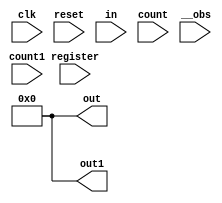
// Following code segment is generated from ./src/grammerTest.v:1
module grammerTest(clk, reset, in, count1, count, register, out, out1, __obs);
    input clk;
    input reset;
    input [31:0] in;
    input [3:0] count1;
    input [3:0] count;
    input register;
    output [31:0] out;
    output [31:0] out1;
    input __obs;

    reg [1:0] addr = 2'b0;
    reg [7:0] cnt = 8'b0;
    reg [31:0] myArray [0:3];
    reg [31:0] out = 32'b0;
    reg [31:0] out1 = 32'b0;
    reg [31:0] temp = 32'b0;
    reg [31:0] temp1 = 32'b0;

    // Following code segment is generated from ./src/grammerTest.v:19
    always @(posedge clk) begin
        if ((reset == 1'b1)) begin
            temp1 <= #1 32'h00000000; $display(";A 2");		//(assert (= temp1    0h00000000)) ;2
        end
        else begin
        end
        // Displaying module variables
        begin
            $display(";R addr = %b", addr);
            $display(";R cnt = %b", cnt);
            $display(";R myArray[0] = %b", myArray[0]);
            $display(";R myArray[1] = %b", myArray[1]);
            $display(";R myArray[2] = %b", myArray[2]);
            $display(";R myArray[3] = %b", myArray[3]);
            $display(";R out = %b", out);
            $display(";R out1 = %b", out1);
            $display(";R temp = %b", temp);
            $display(";R temp1 = %b", temp1);
        end
    end

    // Following code segment is generated from ./src/grammerTest.v:25
    always @(posedge clk) begin
        if ((reset == 1'b1)) begin
            addr <= #1 2'b00; $display(";A 5");		//(assert (= addr    0b00)) ;5
            temp <= #1 32'h00000000; $display(";A 6");		//(assert (= temp    0h00000000)) ;6
            cnt <= #1 8'h00; $display(";A 7");		//(assert (= cnt    0h00)) ;7
        end
        else begin
            addr <= #1 (addr + 2'b01); $display(";A 8");		//(assert (= addr    (bv-add addr  0b01))) ;8
            temp <= #1 in; $display(";A 9");		//(assert (= temp    in )) ;9
            cnt <= #1 (cnt + 8'h01); $display(";A 10");		//(assert (= cnt    (bv-add cnt  0h01))) ;10
        end
        // Displaying module variables
        begin
            $display(";R addr = %b", addr);
            $display(";R cnt = %b", cnt);
            $display(";R myArray[0] = %b", myArray[0]);
            $display(";R myArray[1] = %b", myArray[1]);
            $display(";R myArray[2] = %b", myArray[2]);
            $display(";R myArray[3] = %b", myArray[3]);
            $display(";R out = %b", out);
            $display(";R out1 = %b", out1);
            $display(";R temp = %b", temp);
            $display(";R temp1 = %b", temp1);
        end
    end

    // Following code segment is generated from ./src/grammerTest.v:38
    always @(posedge clk) begin
        if ((!cnt)) begin
            $display(";A 11");		//(assert (= (bv-not (bv-redor cnt ))   0b1)) ;11
            case (addr)
                2'b00 :
                    begin
                        $display(";A 13");		//(assert (= addr    0b00)) ;13
                        myArray[2'b00] <= #1 (temp % 32'h00000005); $display(";A 14");		//(assert (= myArray 0    (bv-rem temp  0h00000005))) ;14
                        addr <= #1 (addr + 2'b01); $display(";A 15");		//(assert (= addr    (bv-add addr  0b01))) ;15
                    end
                2'b01 :
                    begin
                        $display(";A 16");		//(assert (= addr    0b01)) ;16
                        myArray[2'b01] <= #1 (temp ** 32'h00000005); $display(";A 17");		//(assert (= myArray 1    (bv-pow temp  0h00000005))) ;17
                    end
                2'b10 :
                    begin
                        $display(";A 18");		//(assert (= addr    0b10)) ;18
                        myArray[2'b10] <= #1 (temp ** 32'h00000002); $display(";A 19");		//(assert (= myArray 2    (bv-pow temp  0h00000002))) ;19
                    end
                2'b11 :
                    begin
                        $display(";A 20");		//(assert (= addr    0b11)) ;20
                        myArray[2'b11] <= #1 (temp % 32'h00000005); $display(";A 21");		//(assert (= myArray 3    (bv-rem temp  0h00000005))) ;21
                    end
            endcase
        end
        else begin
            $display(";A 12");		//(assert (= (bv-not (bv-redor cnt ))   0b0)) ;12
            if ((cnt < 8'h80)) begin
                $display(";A 22");		//(assert (= (bool-to-bv (bv-lt cnt  0h80))   0b1)) ;22
                case (addr)
                    2'b00 :
                        begin
                            $display(";A 24");		//(assert (= addr    0b00)) ;24
                            myArray[2'b00] <= #1 (temp / 32'h00000002); $display(";A 25");		//(assert (= myArray 0    (bv-div temp  0h00000002))) ;25
                        end
                    2'b01 :
                        begin
                            $display(";A 26");		//(assert (= addr    0b01)) ;26
                            myArray[2'b01] <= #1 (temp / 32'h00000002); $display(";A 27");		//(assert (= myArray 1    (bv-div temp  0h00000002))) ;27
                        end
                    2'b10 :
                        begin
                            $display(";A 28");		//(assert (= addr    0b10)) ;28
                            myArray[2'b10] <= #1 (temp / 32'h00000002); $display(";A 29");		//(assert (= myArray 2    (bv-div temp  0h00000002))) ;29
                        end
                    2'b11 :
                        begin
                            $display(";A 30");		//(assert (= addr    0b11)) ;30
                            myArray[2'b11] <= #1 (temp / 32'h00000002); $display(";A 31");		//(assert (= myArray 3    (bv-div temp  0h00000002))) ;31
                        end
                endcase
            end
            else begin
                $display(";A 23");		//(assert (= (bool-to-bv (bv-lt cnt  0h80))   0b0)) ;23
                if ((cnt < 8'hC0)) begin
                    $display(";A 32");		//(assert (= (bool-to-bv (bv-lt cnt  0hC0))   0b1)) ;32
                    case (addr)
                        2'b00 :
                            begin
                                $display(";A 34");		//(assert (= addr    0b00)) ;34
                                myArray[2'b00] <= #1 (temp >> 32'h00000002); $display(";A 35");		//(assert (= myArray 0    (bv-lshr temp  0h00000002))) ;35
                            end
                        2'b01 :
                            begin
                                $display(";A 36");		//(assert (= addr    0b01)) ;36
                                myArray[2'b01] <= #1 (temp >> 32'h00000002); $display(";A 37");		//(assert (= myArray 1    (bv-lshr temp  0h00000002))) ;37
                            end
                        2'b10 :
                            begin
                                $display(";A 38");		//(assert (= addr    0b10)) ;38
                                myArray[2'b10] <= #1 (temp >> 32'h00000002); $display(";A 39");		//(assert (= myArray 2    (bv-lshr temp  0h00000002))) ;39
                            end
                        2'b11 :
                            begin
                                $display(";A 40");		//(assert (= addr    0b11)) ;40
                                myArray[2'b11] <= #1 (temp >> 32'h00000002); $display(";A 41");		//(assert (= myArray 3    (bv-lshr temp  0h00000002))) ;41
                            end
                    endcase
                end
                else begin
                    $display(";A 33");		//(assert (= (bool-to-bv (bv-lt cnt  0hC0))   0b0)) ;33
                    case (addr)
                        2'b00 :
                            begin
                                $display(";A 42");		//(assert (= addr    0b00)) ;42
                                myArray[2'b00] <= #1 32'h00000000; $display(";A 43");		//(assert (= myArray 0    0h00000000)) ;43
                            end
                        2'b01 :
                            begin
                                $display(";A 44");		//(assert (= addr    0b01)) ;44
                                myArray[2'b01] <= #1 32'h00000000; $display(";A 45");		//(assert (= myArray 1    0h00000000)) ;45
                            end
                        2'b10 :
                            begin
                                $display(";A 46");		//(assert (= addr    0b10)) ;46
                                myArray[2'b10] <= #1 32'h00000000; $display(";A 47");		//(assert (= myArray 2    0h00000000)) ;47
                            end
                        2'b11 :
                            begin
                                $display(";A 48");		//(assert (= addr    0b11)) ;48
                                myArray[2'b11] <= #1 32'h00000000; $display(";A 49");		//(assert (= myArray 3    0h00000000)) ;49
                            end
                    endcase
                end
            end
        end
        // Displaying module variables
        begin
            $display(";R addr = %b", addr);
            $display(";R cnt = %b", cnt);
            $display(";R myArray[0] = %b", myArray[0]);
            $display(";R myArray[1] = %b", myArray[1]);
            $display(";R myArray[2] = %b", myArray[2]);
            $display(";R myArray[3] = %b", myArray[3]);
            $display(";R out = %b", out);
            $display(";R out1 = %b", out1);
            $display(";R temp = %b", temp);
            $display(";R temp1 = %b", temp1);
        end
    end

endmodule